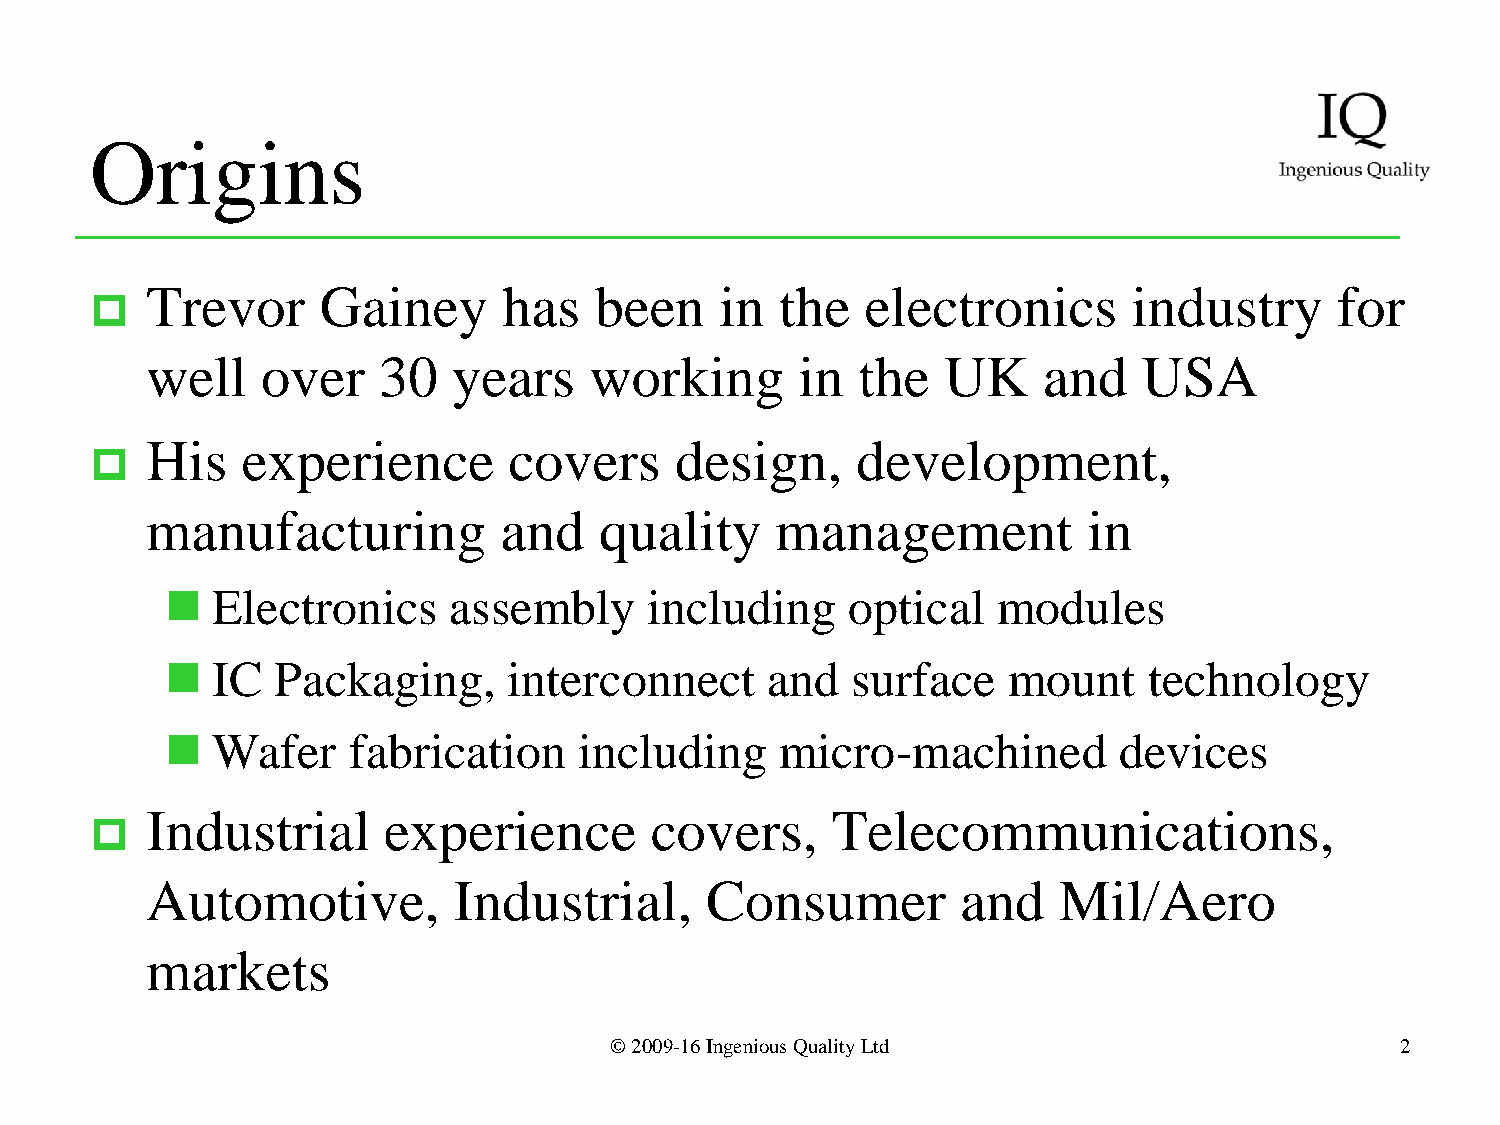
Origins
 Trevor     Gainey      has   been     in  the  electronics       industry      for
 
 well   over    30   years    working       in  the   UK    and    USA
 His   experience        covers     design,     development,
 
 manufacturing          and    quality    management           in
   Electronics     assembly     including    optical   modules
   IC  Packaging,      interconnect     and  surface    mount    technology
   Wafer    fabrication    including     micro-machined        devices
 Industrial     experience        covers,     Telecommunications,
 
 Automotive,         Industrial,      Consumer         and   Mil/Aero
 markets
 © 2009-16 Ingenious Quality Ltd                      2